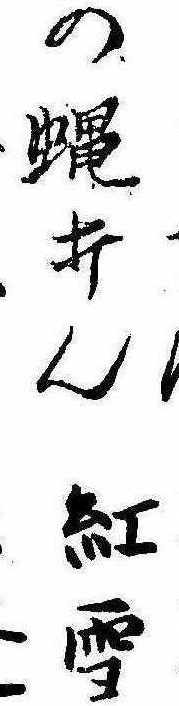
の蝿打ん紅雪